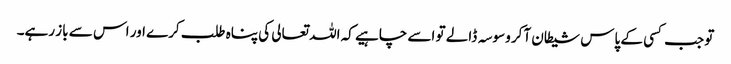
تو جب کسی کے پاس شیطان آکر وسوسہ ڈالے تو اسے چاہیے کہ اللہ تعالی کی پناہ طلب کرے اور اس سے باز رہے۔